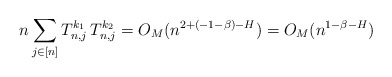
\begin{align*} n\sum_{j\in[n]} T^{k_1}_{n,j}\, T^{k_2}_{n,j} =O_M(n^{2+(-1-\beta)-H}) =O_M(n^{1-\beta-H})\end{align*}